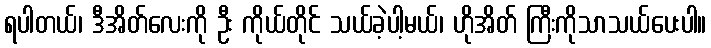
ရပါတယ်၊ ဒီအိတ်လေးကို ဦး ကိုယ်တိုင် သယ်ခဲ့ပါ့မယ်၊ ဟိုအိတ် ကြီးကိုသာသယ်ပေးပါ။